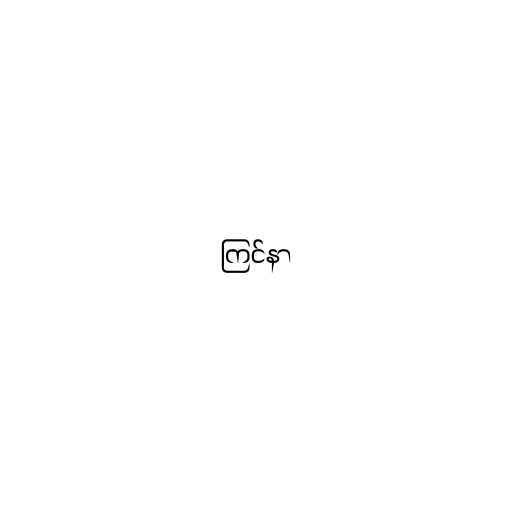
ကြင်နာ